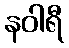
နဝါရီ